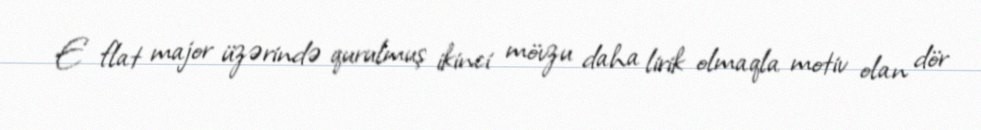
E flat major üzərində qurulmuş ikinci mövzu daha lirik olmaqla motiv olan dör